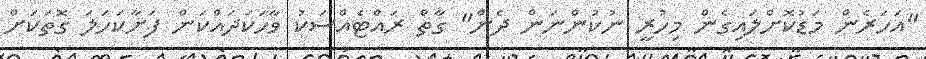
"އަހަރެން މަޑުކޮށްލައިގެން މިހުރީ ނުކުންނަން ދެން" ގާތް ރައްޓެއްސަކު ވާހަކަދައްކަން ފަށާކަހަލަ ގޮތަކަށް